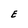
Character: E